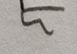
Signature authenticity: forged